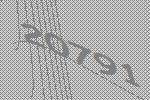
20791